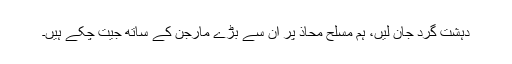
دہشت گرد جان لیں، ہم مسلح محاذ پر ان سے بڑے مارجن کے ساتھ جیت چکے ہیں۔